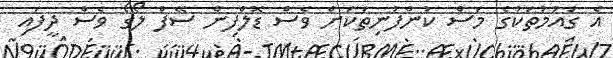
އެ ގައުމުތަކުގެ މަސް ކުންފުނިތަކަށް ވެސް ޑޮލްފިން ސޭފް ލޯގޯ ވެސް ދީފައި